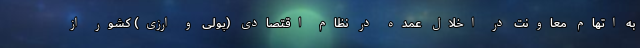
به اتهام معاونت در اخلال عمده در نظام اقتصادی (پولی و ارزی) کشور از